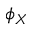
\phi _ { X }